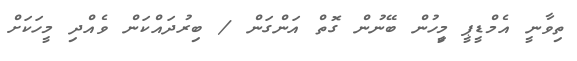
ތިވާނީ އެމްޑީޕީ މީިހުން ބޭނުން ގޮތް އަންގަން / ބިރުދައްކަން ވެއްދި މީހަކަށް